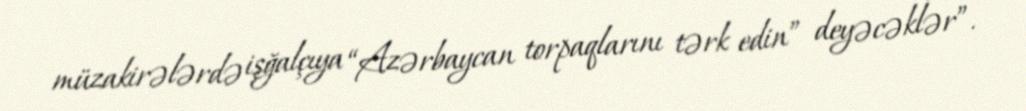
müzakirələrdə işğalçıya “Azərbaycan torpaqlarını tərk edin” deyəcəklər”.